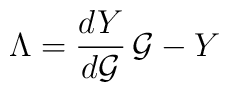
\Lambda=\frac{dY}{d{\cal G}}\,{\cal G}-Y